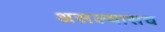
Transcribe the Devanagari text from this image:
असल्यासच